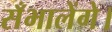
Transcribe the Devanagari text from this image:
सँभालेंगे।